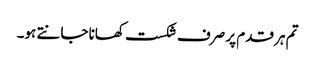
تم ہر قدم پر صرف شکست کھانا جانتے ہو۔